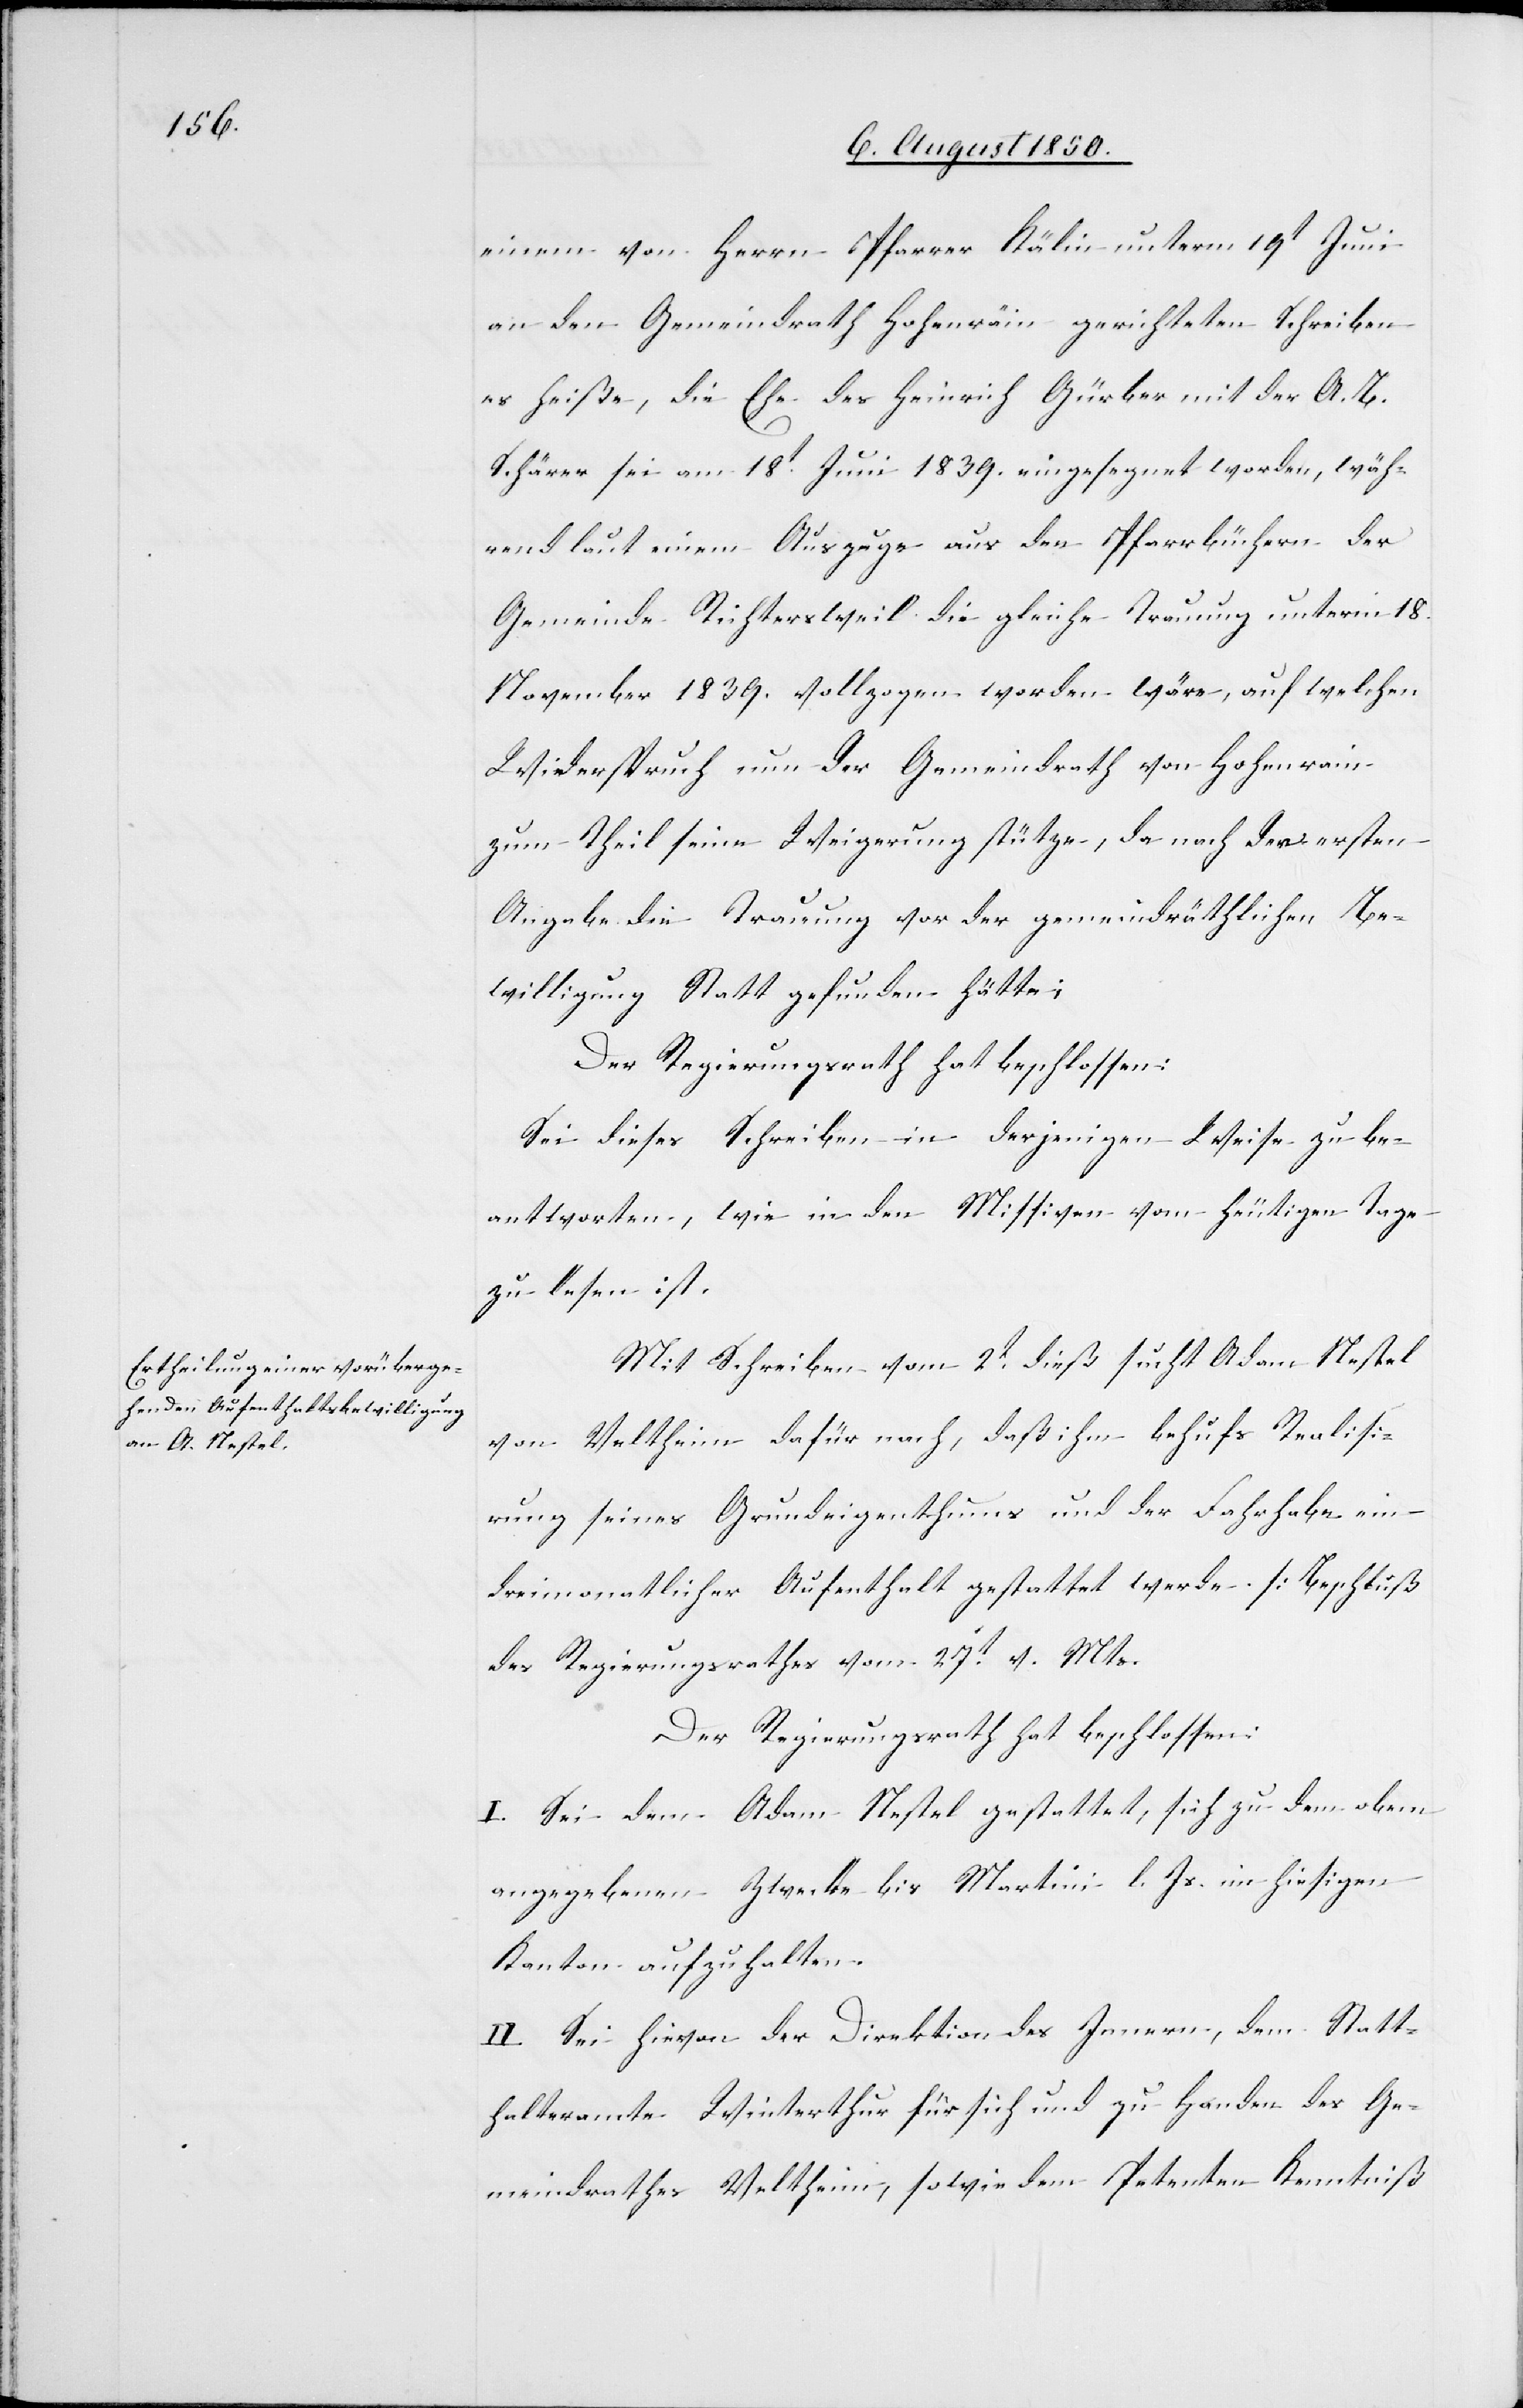
einem von Herrn Pfarrer Kälin unterm 19t Juni
an den Gemeindrath Hohenräin [sic!] gerichteten Schreiben
es heiße, die Ehe des Heinrich Gürber mit der A. B.
Schärer sei am 18t Juni 1839. eingesegnet worden, wäh¬
rend laut einem Auszuge aus den Pfarrbüchern der
Gemeinde Richterschweil die gleiche Trauung unterm 18.
November 1839. vollzogen worden wäre, auf welchen
Wiederspruch nun der Gemeindrath von Hohenrain
zum Theil seine Weigerung stütze, da nach der ersten
Angabe die Trauung vor der gemeindräthlichen Be¬
willigung Statt gefunden hätte;
Der Regierungsrath hat beschlossen:
Sei dieses Schreiben in derjenigen Weise zu be¬
antworten, wie in den Missiven vom heutigen Tage
zu lesen ist.
Mit Schreiben vom 8t dieß sucht Adam Nestel
von Veltheim dafür nach, daß ihm behufs Realisi¬
rung seines Grundeigenthums und der Fahrhabe ein
dreimonatlicher Aufenthalt gestattet werde. [Beschluß
des Regierungsrathes vom 27t v. Mts.[]]
Der Regierungsrath hat beschlossen:
I. Sei dem Adam Nestel gestattet, sich zu dem oben
angegebenen Zwecke bis Martini l. Js. im hiesigen
Kanton aufzuhalten.
II. Sei hievon der Direktion des Innern, dem Statt¬
halteramte Winterthur für sich und zu Handen des Ge¬
meindrathes Veltheim, sowie dem Petenten Kenntniß